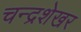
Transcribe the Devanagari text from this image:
चन्‍द्रशेखर